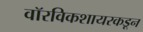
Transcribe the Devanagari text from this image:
वॉरविकशायरकडून